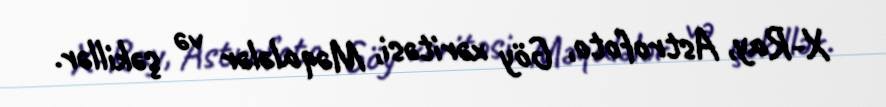
X-Ray, Astrofoto, Göy xəritəsi, Məqalələr və şəkillər.